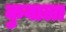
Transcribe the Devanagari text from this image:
कुवाला